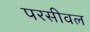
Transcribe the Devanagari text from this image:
परसीवल